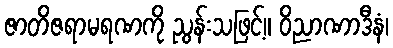
ဇာတိဇရာမရဏကို ညွန်းသဖြင့်။ ဝိညာဏာဒီနံ၊